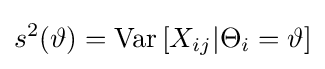
s^{2}(\vartheta )=\operatorname {Var} \left[X_{ij}|\Theta _{i}=\vartheta \right]